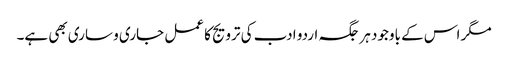
مگر اس کے باوجود ہر جگہ اردو ادب کی ترویج کا عمل جاری و ساری بھی ہے۔